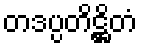
တဒပ္ပတိဋ္ဌိတံ